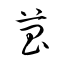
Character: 菖